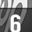
Digit: 6